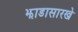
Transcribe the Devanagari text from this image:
झाडासारखे